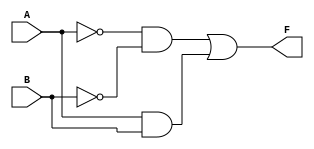
module KMapTwoVar (
    input wire A,       // First input variable
    input wire B,       // Second input variable
    output wire F       // Output of the function
);

// Logic implementation based on the simplified K-map expression
assign F = (~A & ~B) | (A & B);

endmodule